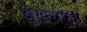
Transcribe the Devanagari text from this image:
बुख़राएव